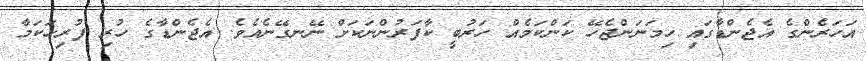
އަހަރެންގެ އެޖެންޑާގައި ހިމަނަންޖެހޭ ކަންކަމެއް ހަރުބީ ކާފަރުންނަކަށް ނޭނގޭނެއެވެ. އެޖެންޑާގެ ހުރި ފުރިހަކަމާ